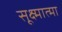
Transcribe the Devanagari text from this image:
सूक्ष्मात्मा